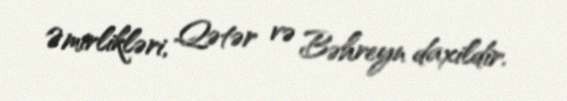
Əmirlikləri, Qətər və Bəhreyn daxildir.